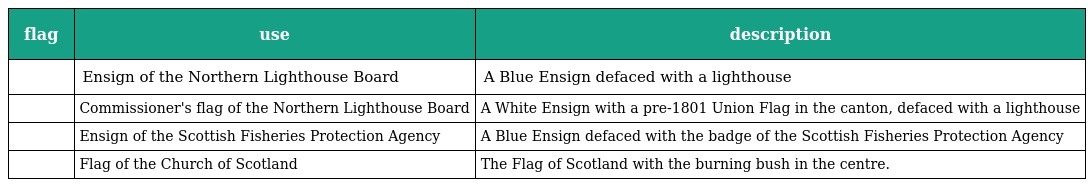
| flag | use | description |
 | --- | --- | --- |
 |  | Ensign of the Northern Lighthouse Board | A Blue Ensign defaced with a lighthouse |
 |  | Commissioner's flag of the Northern Lighthouse Board | A White Ensign with a pre-1801 Union Flag in the canton, defaced with a lighthouse |
 |  | Ensign of the Scottish Fisheries Protection Agency | A Blue Ensign defaced with the badge of the Scottish Fisheries Protection Agency |
 |  | Flag of the Church of Scotland | The Flag of Scotland with the burning bush in the centre. |